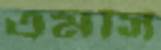
এমসি